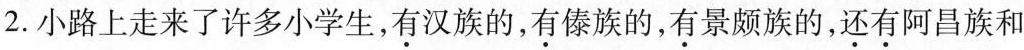
2.小路上走来了许多小学生，有汉族的，有傣族的，有景颇族的，还有阿昌族和